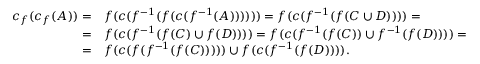
\begin{array} { r l } { c _ { f } ( c _ { f } ( A ) ) = } & { f ( c ( f ^ { - 1 } ( f ( c ( f ^ { - 1 } ( A ) ) ) ) ) ) = f ( c ( f ^ { - 1 } ( f ( C \cup D ) ) ) ) = } \\ { = } & { f ( c ( f ^ { - 1 } ( f ( C ) \cup f ( D ) ) ) ) = f ( c ( f ^ { - 1 } ( f ( C ) ) \cup f ^ { - 1 } ( f ( D ) ) ) ) = } \\ { = } & { f ( c ( f ( f ^ { - 1 } ( f ( C ) ) ) ) ) \cup f ( c ( f ^ { - 1 } ( f ( D ) ) ) ) . } \end{array}